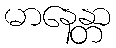
မာနေန္တာ